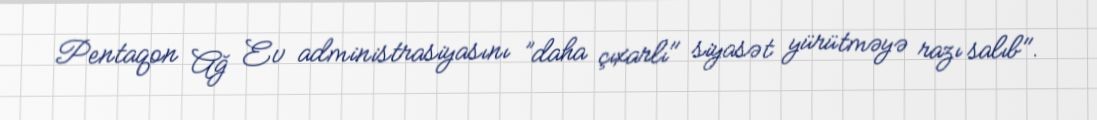
Pentaqon Ağ Ev administrasiyasını ”daha çıxarlı" siyasət yürütməyə razı salıb".